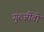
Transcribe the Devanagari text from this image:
गुरुर्जीवो